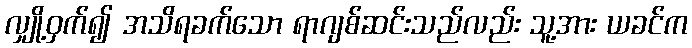
လျှို့ဝှက်၍ အသိရခက်သော ရာဂျစ်ဆင်းသည်လည်း သူ့အား ယခင်က